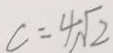
c = 4 \sqrt { 2 }